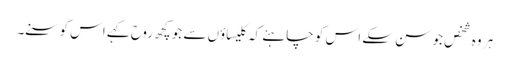
ہر وہ شخص جو سن سکے اس کو چاہئے کہ کلیساؤں سے جو کچھ روح کہے اس کو سنے۔